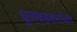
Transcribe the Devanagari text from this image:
धुलवडकरांच्या